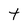
Character: t